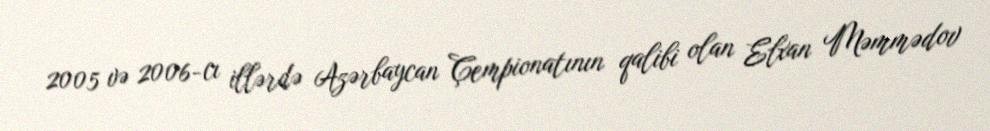
2005 və 2006-cı illərdə Azərbaycan Çempionatının qalibi olan Elxan Məmmədov